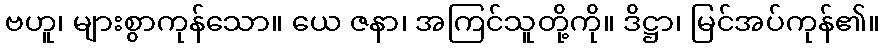
ဗဟူ၊ များစွာကုန်သော။ ယေ ဇနာ၊ အကြင်သူတို့ကို။ ဒိဋ္ဌာ၊ မြင်အပ်ကုန်၏။